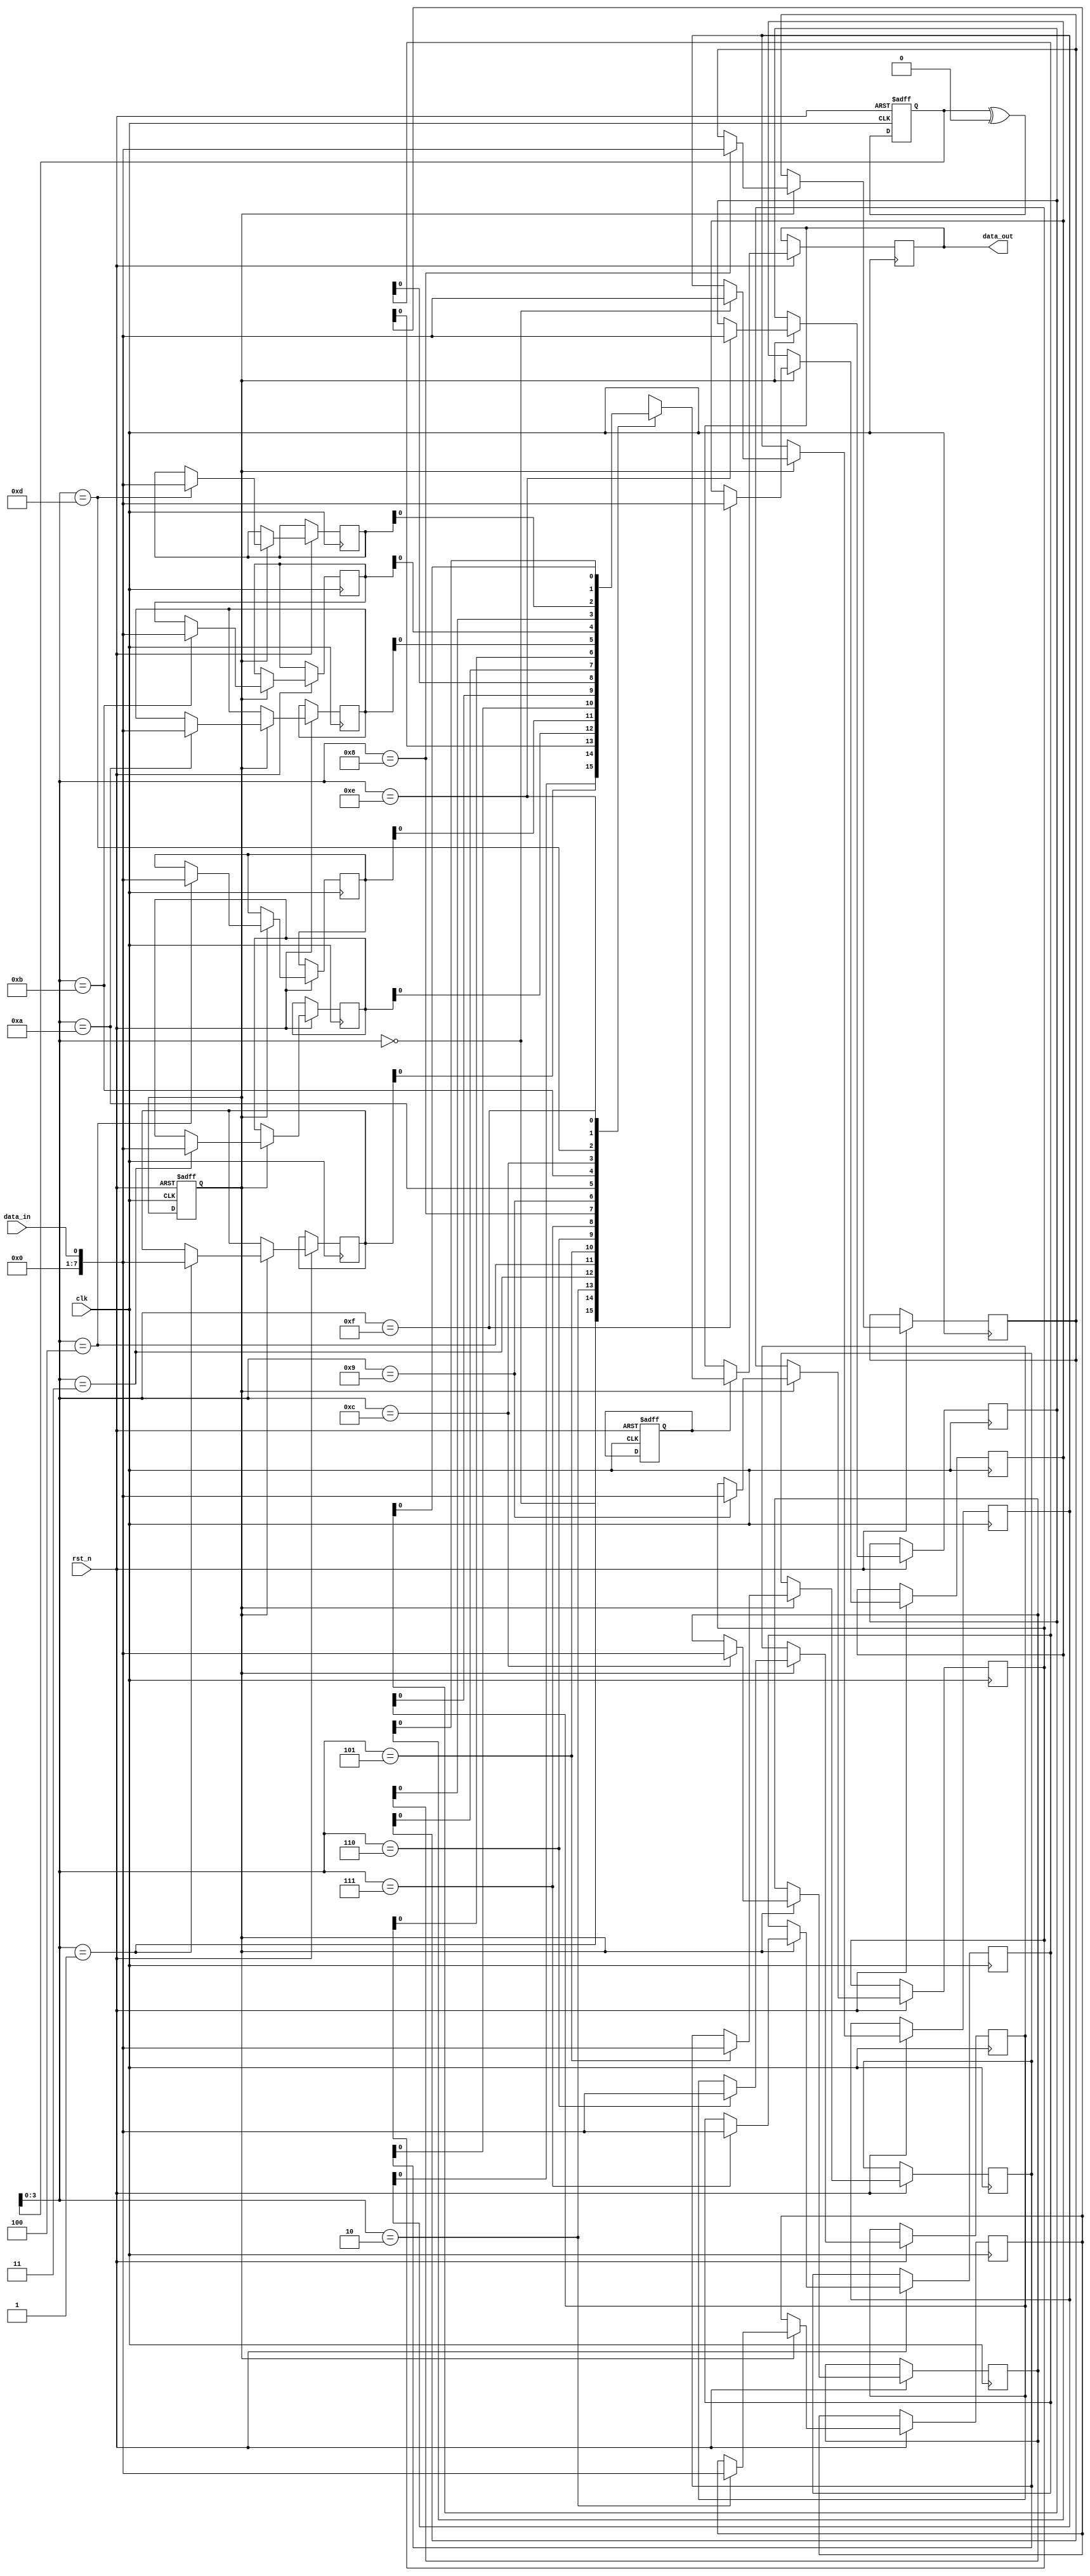
module gray_fifo (
    input wire clk,
    input wire rst_n,
    input wire data_in,
    output wire data_out
);

parameter WIDTH = 8; // assuming 8-bit data width for FIFO memory
parameter DEPTH = 16; // assuming 16 memory locations for FIFO

reg [WIDTH-1:0] fifo_mem [0:DEPTH-1];
reg [WIDTH-1:0] gray_addr;
reg [WIDTH-1:0] gray_addr_next;
reg [1:0] wr_ptr, rd_ptr;
reg wr_en, rd_en;

always @(posedge clk or negedge rst_n) begin
    if (~rst_n) begin
        wr_ptr <= 2'b00;
        rd_ptr <= 2'b00;
        gray_addr <= 0;
        wr_en <= 0;
        rd_en <= 0;
    end else begin
        // Gray code counter logic
        gray_addr_next = gray_addr ^ ({WIDTH{1'b0}} & (wr_en | rd_en));

        // FIFO write operation
        if (wr_en) begin
            fifo_mem[gray_addr] <= data_in;
            wr_ptr <= wr_ptr + 1;
        end

        // FIFO read operation
        if (rd_en) begin
            data_out <= fifo_mem[gray_addr];
            rd_ptr <= rd_ptr + 1;
        end

        // Logic to update read and write pointers based on FIFO operation
        if (wr_en && ~rd_en) begin
            wr_ptr <= wr_ptr + 1;
        end

        if (~wr_en && rd_en) begin
            rd_ptr <= rd_ptr + 1;
        end

        // Update Gray code address
        gray_addr <= gray_addr_next;
    end
end

endmodule